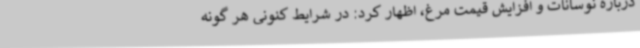
درباره نوسانات و افزایش قیمت مرغ، اظهار کرد: در شرایط کنونی هر گونه